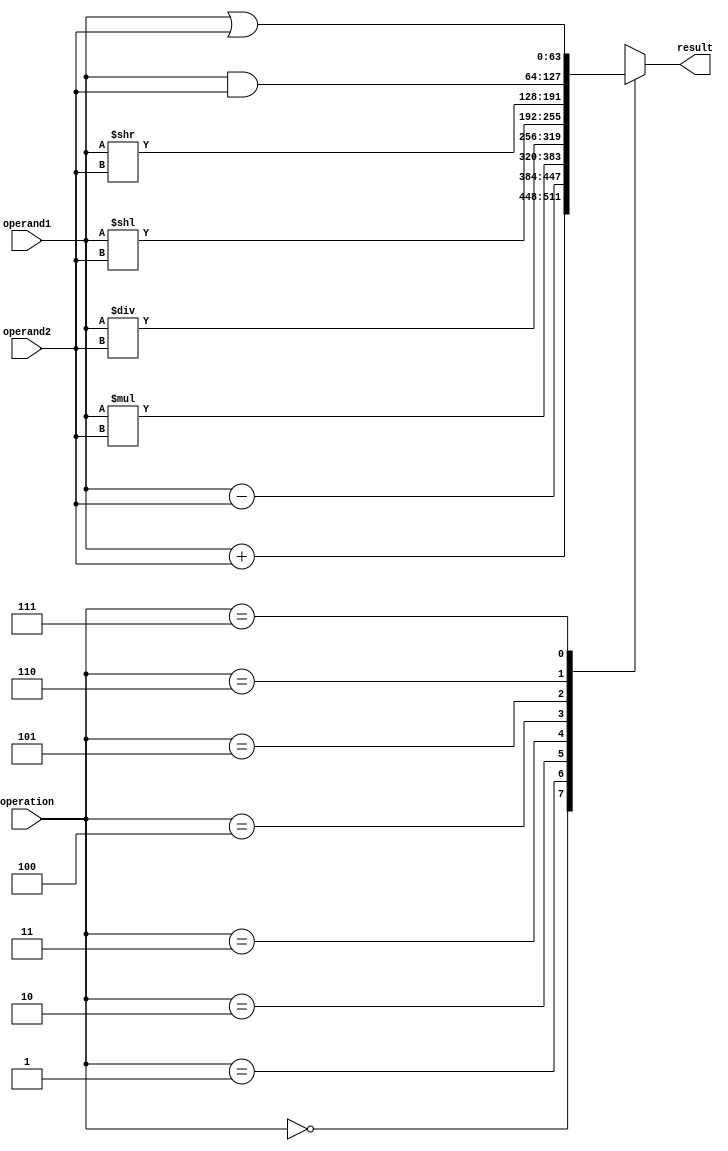
module ALU (
    input [63:0] operand1,
    input [63:0] operand2,
    input [2:0] operation,
    output reg [63:0] result
);

reg [63:0] temp_result;

always @(*)
begin
    case(operation)
        3'b000: temp_result = operand1 + operand2; // addition
        3'b001: temp_result = operand1 - operand2; // subtraction
        3'b010: temp_result = operand1 * operand2; // multiplication
        3'b011: temp_result = operand1 / operand2; // division
        3'b100: temp_result = operand1 << operand2; // left shift
        3'b101: temp_result = operand1 >> operand2; // right shift
        3'b110: temp_result = operand1 & operand2; // logical AND
        3'b111: temp_result = operand1 | operand2; // logical OR
        default: temp_result = operand1 ^ operand2; // logical XOR
    endcase
end

assign result = temp_result;

endmodule